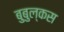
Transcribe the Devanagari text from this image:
बुबुल्कस